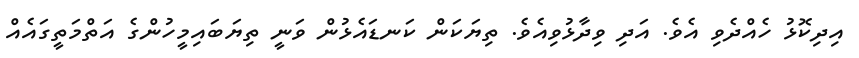
އިދިކޮޅު ހެއްދެވި އެވެ. އަދި ވިދާޅުވިއެވެ. ތިޔަކަން ކަނޑައެޅުން ވަނީ ތިޔަބައިމީހުންގެ އަތްމަތީގައެއް